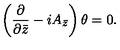
\left( \frac { \partial } { \partial \bar { z } } - i A _ { \bar { z } } \right) \theta = 0 .